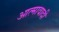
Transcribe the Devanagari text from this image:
आत्मावादी